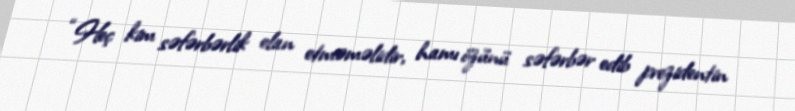
“Heç kim səfərbərlik elan etməməlidir, hamı özünü səfərbər edib prezidentin